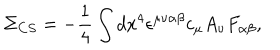
\Sigma _ { C S } = - \frac { 1 } { 4 } \int d x ^ { 4 } \epsilon ^ { \mu \nu \alpha \beta } c _ { \mu } A _ { \nu } F _ { \alpha \beta } ,